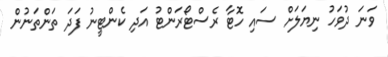
ވަނަ ދުވަހު ނިޔަލަށް ސައި ހޮޓާ ރެސްޓޯރަންޓު އަދި ކެންޓީނު ފަދަ ތަންތަނުން